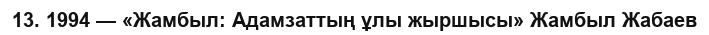
13. 1994 — «Жамбыл: Адамзаттың ұлы жыршысы» Жамбыл Жабаев